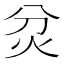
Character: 炃